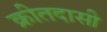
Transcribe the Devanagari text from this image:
क्रीतदासी